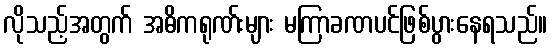
လိုသည့်အတွက် အဓိကရုဏ်းများ မကြာခဏပင်ဖြစ်ပွားနေရသည်။